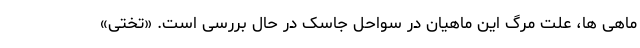
ماهی ها، علت مرگ این ماهیان در سواحل جاسک در حال بررسی است. «تختی»